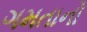
ગમતાનો